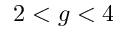
2 < g < 4